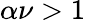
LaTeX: \alpha\nu>1